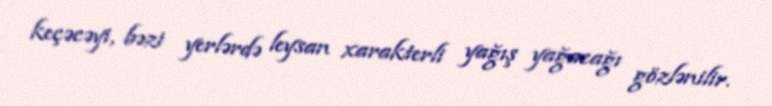
keçəcəyi, bəzi yerlərdə leysan xarakterli yağış yağacağı gözlənilir.